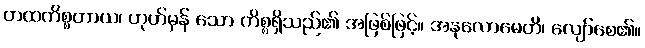
တထကိစ္စတာယ၊ ဟုတ်မှန် သော ကိစ္စရှိသည်၏ အဖြစ်ဖြင့်။ အနုလောမေတိ၊ လျော်စေ၏။